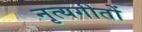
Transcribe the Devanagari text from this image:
नृत्यगीतों